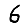
Digit: 6